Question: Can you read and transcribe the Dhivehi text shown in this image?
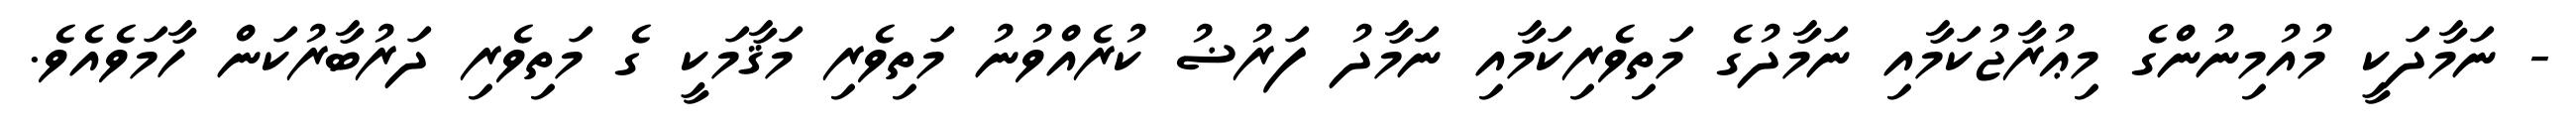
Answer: - ނަމާދަކީ މުއުމިނުންގެ މިޢުރާޖުކަމާއި ނަމާދުގެ މަތިވެރިކަމާއި ނަމާދު ފަރުޟު ކުރެއްވުނު މަތިވެރި މަޤާމަކީ ގެ މަތިވެރި ދަރުބާރުކަން ހާމަވެއެވެ.